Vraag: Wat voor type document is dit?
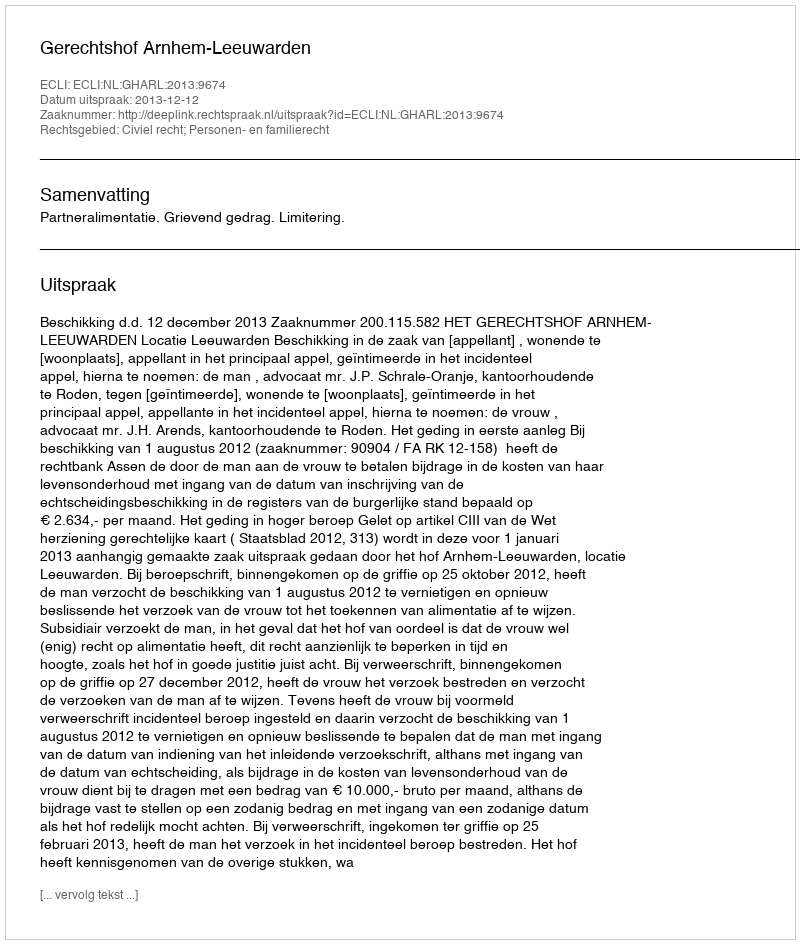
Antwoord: Uitspraak